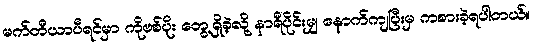
မက်တီယာပီရင်မှာ ကိုဗစ်ပိုး တွေ့ရှိခဲ့လို့ နာရီပိုင်းမျှ နောက်ကျပြီးမှ ကစားခဲ့ရပါတယ်။